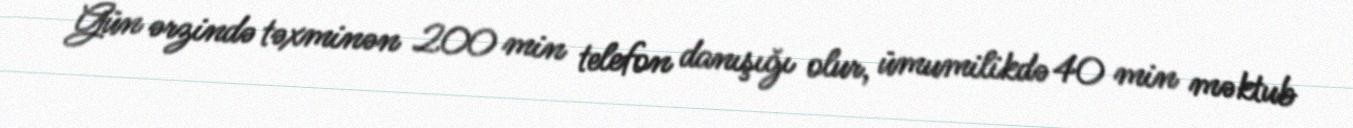
Gün ərzində təxminən 200 min telefon danışığı olur, ümumilikdə 40 min məktub